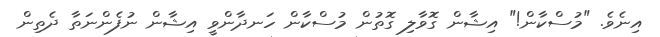
އިނެވެ. "މުސްކާން!" އިޝާން ގޮވާލި ގޮތުން މުސްކާން ހަނދާންވީ އިޝާން ނުފެންނަތާ ދެތިން